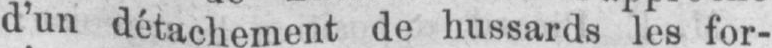
d’un détachement de hussards les for-